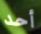
أحد